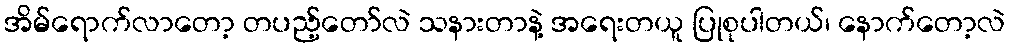
အိမ်ရောက်လာတော့ တပည့်တော်လဲ သနားတာနဲ့ အရေးတယူ ပြုစုပါတယ်၊ နောက်တော့လဲ